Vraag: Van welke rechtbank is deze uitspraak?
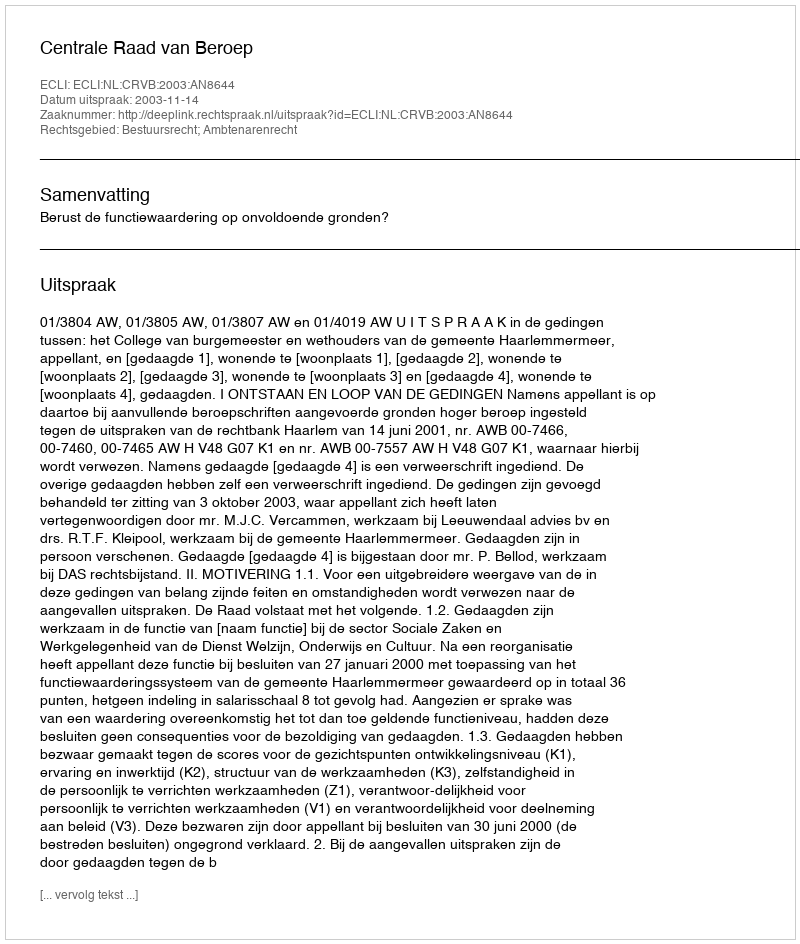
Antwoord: Centrale Raad van Beroep